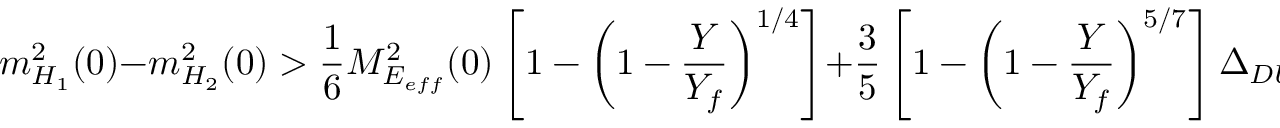
m _ { H _ { 1 } } ^ { 2 } ( 0 ) - m _ { H _ { 2 } } ^ { 2 } ( 0 ) > \frac { 1 } { 6 } M _ { E _ { e f f } } ^ { 2 } ( 0 ) \left[ 1 - \left( 1 - \frac { Y } { Y _ { f } } \right) ^ { 1 / 4 } \right] + \frac { 3 } { 5 } \left[ 1 - \left( 1 - \frac { Y } { Y _ { f } } \right) ^ { 5 / 7 } \right] \Delta _ { D U } \; .